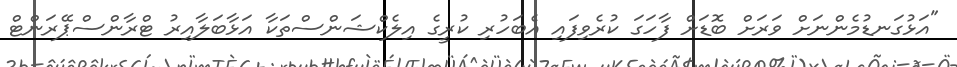
"އަޅުގަނޑުމެންނަށް ވަރަށް ބޮޑަށް ފާހަގަ ކުރެވިފައި އެބަހުރި ކުރީގެ އިލެކްޝަންސްތަކާ އަޅާބަލާއިރު ޓްރާންސްޕޭރަންޓް